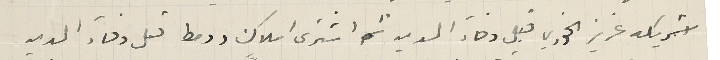
شريكه عزيز الخوري قبل وفاء الدين ثم اشترى املاك دومط قبل وفاء الدين